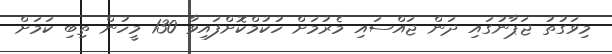
މިވަގުތު ޖަޕާނުގައި ދަން ޖައްސައި މެރުމަށް ހުކުމްކޮށްފައިވާ 130 މީހުން ތިބި ކަމަށް